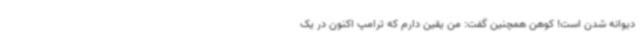
دیوانه شدن است! کوهن همچنین گفت: من یقین دارم که ترامپ اکنون در یک